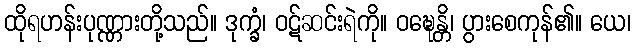
ထိုရဟန်းပုဏ္ဏားတို့သည်။ ဒုက္ခံ၊ ဝဋ်ဆင်းရဲကို။ ဝဍ္ဎေန္တိ၊ ပွားစေကုန်၏။ ယေ၊